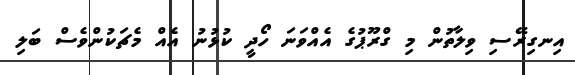
އިނގިރޭސި ވިލާތުން މި ގްރޫޕުގެ އެއްވަނަ ހޯދީ ކުޅުނު އެއް މެޗަކުންވެސް ބަލި